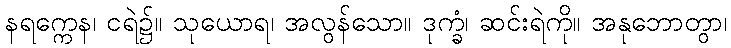
နရက္ကေန၊ ငရဲ၌။ သုယောရ၊ အလွန်သော။ ဒုက္ခံ၊ ဆင်းရဲကို။ အနုဘောတွာ၊